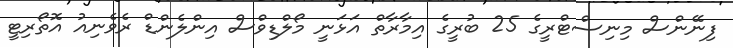
ފިނޭންސް މިނިސްޓްރީގެ 25 ބުރީގެ އިމާރާތް އަޅަނީ މޯލްޑިވްސް އިންލެންޑް ރެވެނިއު އޮތޯރިޓީ